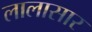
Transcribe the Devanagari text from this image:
लालासार